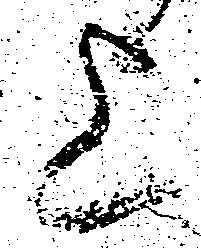
上